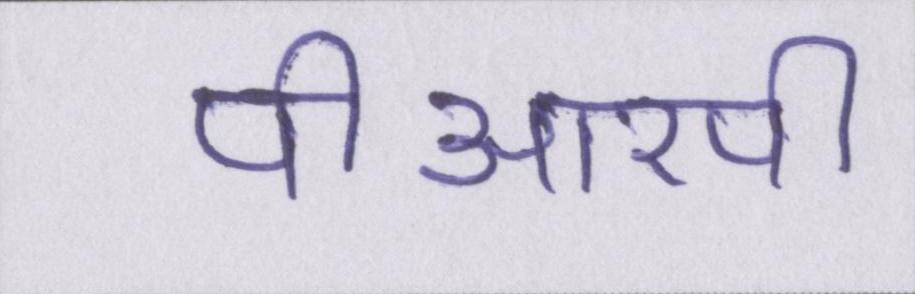
पीआरपी